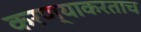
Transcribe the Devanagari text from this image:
करण्याकरताच